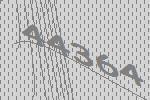
44364